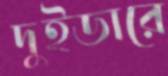
দুইডারে